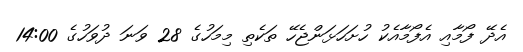
އެދޭ ފޯމާއި އެފޯމާއެކު ހުށަހަޅަންޖެހޭ ތަކެތި މިމަހުގެ 28 ވަނަ ދުވަހުގެ 14:00